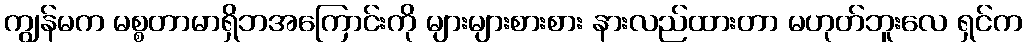
ကျွန်မက မစ္စတာမာရှိဘအကြောင်းကို များများစားစား နားလည်ထားတာ မဟုတ်ဘူးလေ ရှင်က